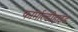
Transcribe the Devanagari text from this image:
फार्माल्डीहाइड